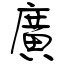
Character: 廣